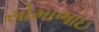
સોમાભાઇ